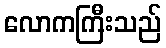
လောကကြီးသည်